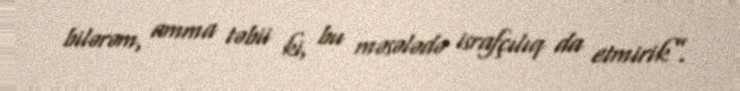
bilərəm, amma təbii ki, bu məsələdə israfçılıq da etmirik”.